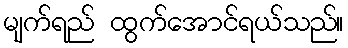
မျက်ရည် ထွက်အောင်ရယ်သည်။